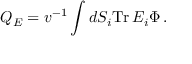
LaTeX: Q _ { E } = v ^ { - 1 } \int d S _ { i } \mathrm { T r } \, E _ { i } \Phi \, .